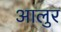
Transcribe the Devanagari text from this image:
आलुर